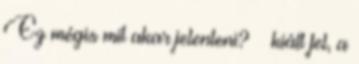
Ez mégis mit akar jelenteni? – kiált fel, a